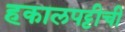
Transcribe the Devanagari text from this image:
हकालपट्टीची